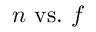
n \ \mathrm { v s . } \ f